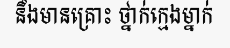
នឹងមានគ្រោះ ថ្នាក់ក្មេងម្នាក់